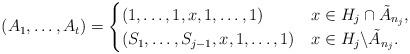
LaTeX: \begin{align*}(A_1,\dots,A_t)=\begin{cases}(1,\dots,1,x,1,\dots,1)&x\in H_j\cap\tilde{A}_{n_j},\\(S_1,\dots,S_{j-1},x,1,\dots,1)&x\in H_j\backslash\tilde{A}_{n_j}.\end{cases}\end{align*}